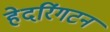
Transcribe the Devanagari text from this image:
हेदरिंगटन